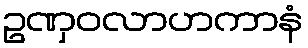
ဥဏှဝလာဟကာနံ